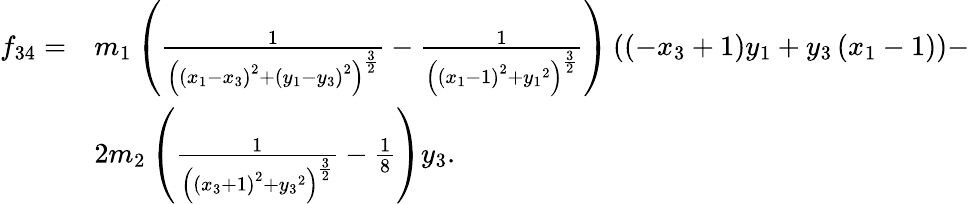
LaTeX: \begin{array}{ll}{f_{34}=}&{{m_{1}}\left(\frac{1}{\left(\left({x_{1}}-{x_{3}}\right)^{2}+\left({y_{1}}-{y_{3}}\right)^{2}\right)^{\frac{3}{2}}}-\frac{1}{\left(\left({x_{1}}-1\right)^{2}+{y_{1}}^{2}\right)^{\frac{3}{2}}}\right)\left(\left(-{x_{3}}+1\right){y_{1}}+{y_{3}}\left({x_{1}}-1\right)\right)-}\\ &{2{m_{2}}\left(\frac{1}{\left(\left({x_{3}}+1\right)^{2}+{y_{3}}^{2}\right)^{\frac{3}{2}}}-\frac{1}{8}\right){y_{3}}.}\end{array}